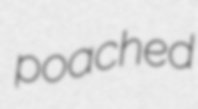
poached